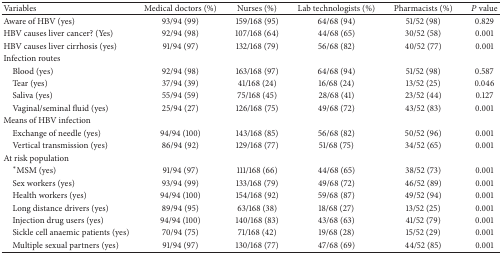
<table><thead><tr><td><b>Variables</b></td><td><b>Medical doctors (%)</b></td><td><b>Nurses (%)</b></td><td><b>Lab technologists (%)</b></td><td><b>Pharmacists (%)</b></td><td><b><i>P</i> value</b></td></tr></thead><tbody><tr><td>Aware of HBV (yes) </td><td>93/94 (99)</td><td>159/168 (95)</td><td>64/68 (94)</td><td>51/52 (98)</td><td>0.829</td></tr><tr><td>HBV causes liver cancer? (Yes)</td><td>92/94 (98)</td><td>107/168 (64)</td><td>44/68 (65)</td><td>30/52 (58)</td><td>0.001</td></tr><tr><td>HBV causes liver cirrhosis (yes)</td><td>91/94 (97)</td><td>132/168 (79)</td><td>56/68 (82)</td><td>40/52 (77)</td><td>0.001</td></tr><tr><td>Infection routes</td><td> </td><td> </td><td> </td><td> </td><td> </td></tr><tr><td> Blood (yes)</td><td>92/94 (98)</td><td>163/168 (97)</td><td>64/68 (94)</td><td>51/52 (98)</td><td>0.587</td></tr><tr><td> Tear (yes)</td><td>37/94 (39)</td><td>41/168 (24)</td><td>16/68 (24)</td><td>13/52 (25)</td><td>0.046</td></tr><tr><td> Saliva (yes)</td><td>55/94 (59)</td><td>75/168 (45)</td><td>28/68 (41)</td><td>23/52 (44)</td><td>0.127</td></tr><tr><td> Vaginal/seminal fluid (yes)</td><td>25/94 (27)</td><td>126/168 (75)</td><td>49/68 (72)</td><td>43/52 (83)</td><td>0.001</td></tr><tr><td>Means of HBV infection</td><td> </td><td> </td><td> </td><td> </td><td> </td></tr><tr><td> Exchange of needle (yes)</td><td>94/94 (100)</td><td>143/168 (85)</td><td>56/68 (82)</td><td>50/52 (96)</td><td>0.001</td></tr><tr><td> Vertical transmission (yes)</td><td>86/94 (92)</td><td>129/168 (77)</td><td>51/68 (75)</td><td>34/52 (65)</td><td>0.001</td></tr><tr><td>At risk population</td><td> </td><td> </td><td> </td><td> </td><td> </td></tr><tr><td> <sup>*</sup>MSM (yes)</td><td>91/94 (97)</td><td>111/168 (66)</td><td>44/68 (65)</td><td>38/52 (73)</td><td>0.001</td></tr><tr><td> Sex workers (yes)</td><td>93/94 (99)</td><td>133/168 (79)</td><td>49/68 (72)</td><td>46/52 (89)</td><td>0.001</td></tr><tr><td> Health workers (yes)</td><td>94/94 (100)</td><td>154/168 (92)</td><td>59/68 (87)</td><td>49/52 (94)</td><td>0.001</td></tr><tr><td> Long distance drivers (yes)</td><td>89/94 (95)</td><td>63/168 (38)</td><td>18/68 (27)</td><td>13/52 (25)</td><td>0.001</td></tr><tr><td> Injection drug users (yes)</td><td>94/94 (100)</td><td>140/168 (83)</td><td>43/68 (63)</td><td>41/52 (79)</td><td>0.001</td></tr><tr><td> Sickle cell anaemic patients (yes)</td><td>70/94 (75)</td><td>71/168 (42)</td><td>19/68 (28)</td><td>15/52 (29)</td><td>0.001</td></tr><tr><td> Multiple sexual partners (yes)</td><td>91/94 (97)</td><td>130/168 (77)</td><td>47/68 (69)</td><td>44/52 (85)</td><td>0.001</td></tr></tbody></table>